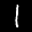
Label: 1